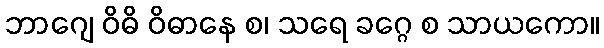
ဘာဂျေ ဝိဓိ ဝိဓာနေ စ၊ သရေ ခဂ္ဂေ စ သာယကော။